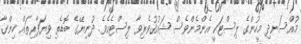
މުއްސަނދި މީހުންގެ ލިސްޓަކީ އެންމެންވެސް ޝައުޤުވެރިވާ ލިސްޓެކެވެ. ދުނިޔޭގެ ބޮޑެތި ވިޔަފާރިތައް ހިންގާ